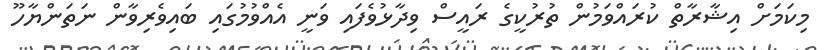
މިކަމަށް އިޝާރާތް ކުރައްވަމުން ތުރުކީގެ ރައީސް ވިދާޅުވެފައި ވަނީ އެއްވުމުގައި ބައިވެރިވާން ނަތަންޔާހޫ